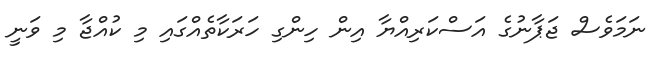
ނަމަވެސް ޖަޕާނުގެ އަސްކަރިއްޔާ އިން ހިންގި ހަރަކާތެއްގައި މި ކުއްޖާ މި ވަނީ